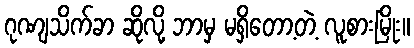
ဂုဏျသိက်ခာ ဆိုလို့ ဘာမှ မရှိတော့တဲ့ လူစားမြိုး။